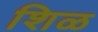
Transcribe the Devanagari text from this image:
शिळ